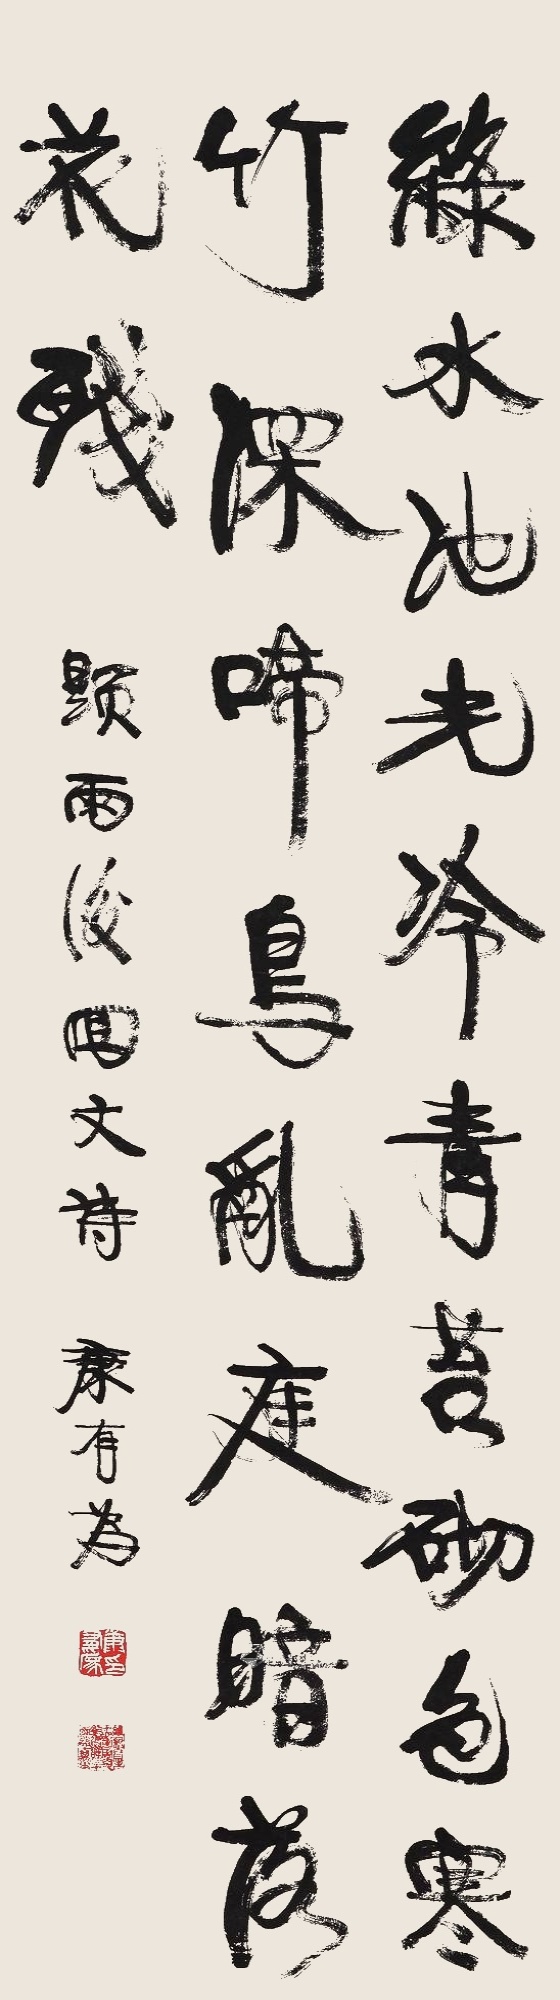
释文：绿水池光冷，青苔砌色寒，竹深啼鸟乱，庭暗落花残。题雨后回文诗。康有为。